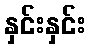
နှင်းနှင်း